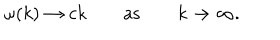
LaTeX: \omega ( k ) \to c k \qquad \mathrm { a s } \qquad k \to \infty .